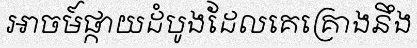
អាចម៍ផ្កាយដំបូងដែលគេគ្រោងនឹង